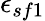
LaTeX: \epsilon_{sf1}